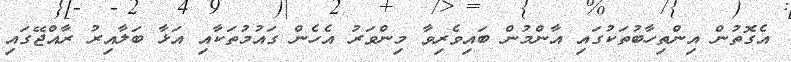
އެގޮތުން އިންތިހާބުތަކުގައި އާންމުން ބައިވެރިވާ މިންވަރު އެހެން ގައުމުތަކާއި އަޅާ ބަލާއިރު ރާއްޖޭގައި